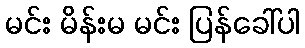
မင်း မိန်းမ မင်း ပြန်ခေါ်ပါ